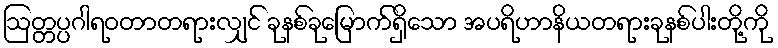
ဩတ္တပ္ပဂါရဝတာတရားလျှင် ခုနစ်ခုမြောက်ရှိသော အပရိဟာနိယတရားခုနစ်ပါးတို့ကို